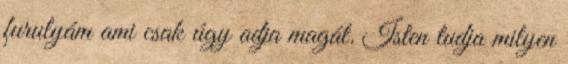
furulyám ami csak úgy adja magát. Isten tudja milyen